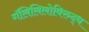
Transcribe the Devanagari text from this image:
गॅलिलिलोविरुद्ध